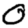
Digit: 0